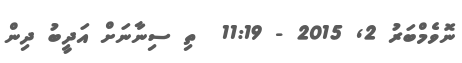
ނޮވެމްބަރު 2